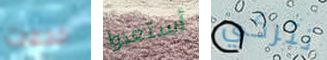
خدعت أستعدوا تتركي